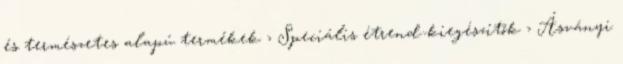
és természetes alapú termékek › Speciális étrend-kiegészítők › Ásványi